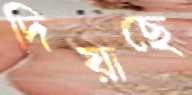
দিয়াছে